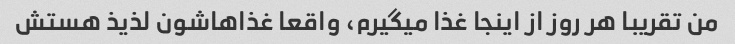
من تقریبا هر روز از اینجا غذا میگیرم، واقعا غذاهاشون لذیذ هستش